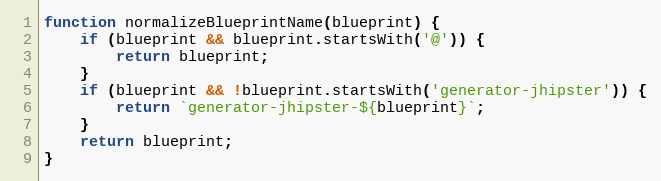
Language: JavaScript
function normalizeBlueprintName(blueprint) {
    if (blueprint && blueprint.startsWith('@')) {
        return blueprint;
    }
    if (blueprint && !blueprint.startsWith('generator-jhipster')) {
        return `generator-jhipster-${blueprint}`;
    }
    return blueprint;
}